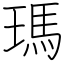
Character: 瑪